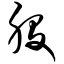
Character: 股